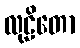
လုဠိတော